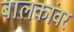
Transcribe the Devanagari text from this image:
बालकांवर